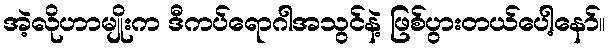
အဲ့လိုဟာမျိုးက ဒီကပ်ရောဂါအသွင်နဲ့ ဖြစ်ပွားတယ်ပေါ့နော်။